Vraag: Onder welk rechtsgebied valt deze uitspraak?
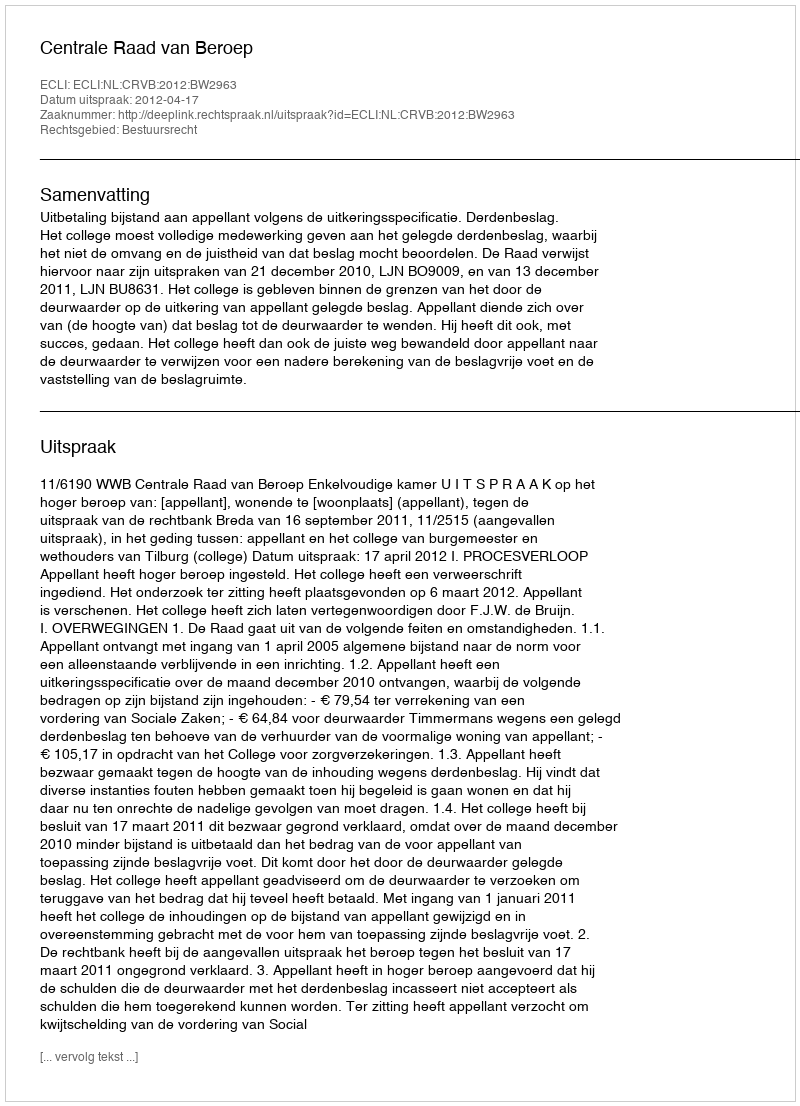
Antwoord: Bestuursrecht